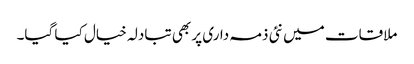
ملاقات میں نئی ذمہ داری پر بھی تبادلہ خیال کیا گیا۔